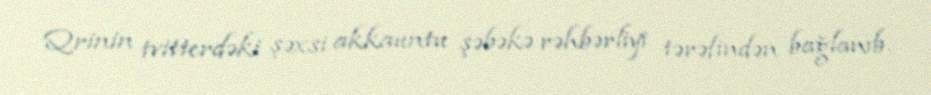
Qrinin tvitterdəki şəxsi akkauntu şəbəkə rəhbərliyi tərəfindən bağlanıb.